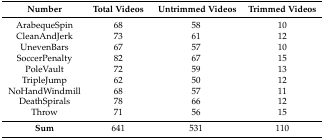
| Number | Total Videos | Untrimmed Videos | Trimmed Videos |
 | --- | --- | --- | --- |
 | ArabequeSpin | 68 | 58 | 10 |
 | CleanAndJerk | 73 | 61 | 12 |
 | UnevenBars | 67 | 57 | 10 |
 | SoccerPenalty | 82 | 67 | 15 |
 | PoleVault | 72 | 59 | 13 |
 | TripleJump | 62 | 50 | 12 |
 | NoHandWindmill | 68 | 57 | 11 |
 | DeathSpirals | 78 | 66 | 12 |
 | Throw | 71 | 56 | 15 |
 | Sum | 641 | 531 | 110 |